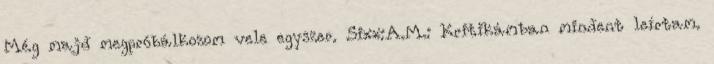
Még majd megpróbálkozom vele egyszer. Sixx:A.M.: Kritikámban mindent leírtam.